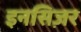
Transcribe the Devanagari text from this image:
इनसिज़र